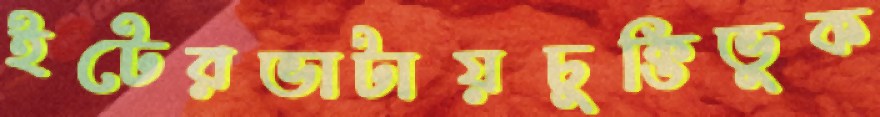
ইটেরভাটায়চুক্তিভুক